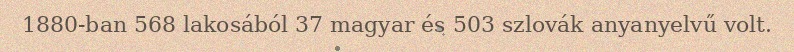
1880-ban 568 lakosából 37 magyar és 503 szlovák anyanyelvű volt.